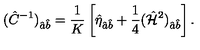
( \hat { C } ^ { - 1 } ) _ { \hat { a } \hat { b } } = { \frac { 1 } { K } } \left[ \hat { \eta } _ { \hat { a } \hat { b } } + { \frac { 1 } { 4 } } ( \hat { { \cal H } } ^ { 2 } ) _ { \hat { a } \hat { b } } \right] .